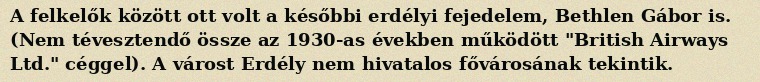
A felkelők között ott volt a későbbi erdélyi fejedelem, Bethlen Gábor is. (Nem tévesztendő össze az 1930-as években működött "British Airways Ltd." céggel). A várost Erdély nem hivatalos fővárosának tekintik.